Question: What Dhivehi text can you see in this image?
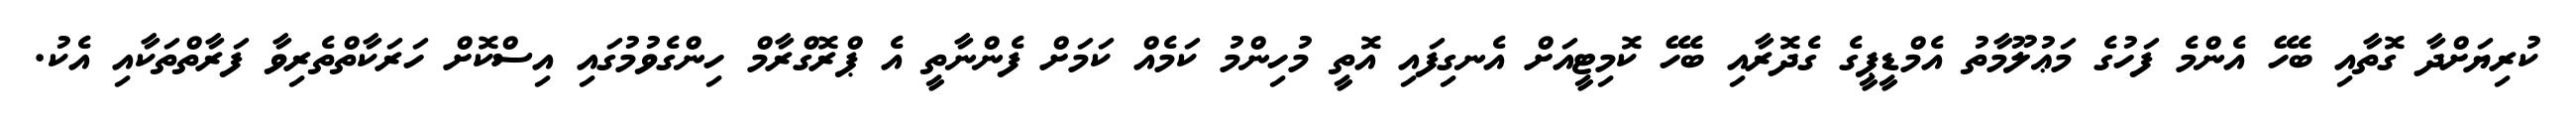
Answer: ކުރިޔަށްދާ ގޮތާއި ބެހޭ އެންމެ ފަހުގެ މަޢުލޫމާތު އެމްޑީޕީގެ ގެދޮރާއި ބެހޭ ކޮމިޓީއަށް އެނގިފައި އޮތީ މުހިންމު ކަމެއް ކަމަށް ފެންނާތީ އެ ޕްރޮގްރާމް ހިންގެވުމުގައި އިސްކޮށް ހަރަކާތްތެރިވާ ފަރާތްތަކާއި އެކު.